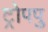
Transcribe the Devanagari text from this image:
ट्रोपपु